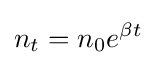
n_{t}=n_{0}e^{\beta t}